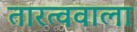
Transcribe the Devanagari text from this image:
तारत्ववाला